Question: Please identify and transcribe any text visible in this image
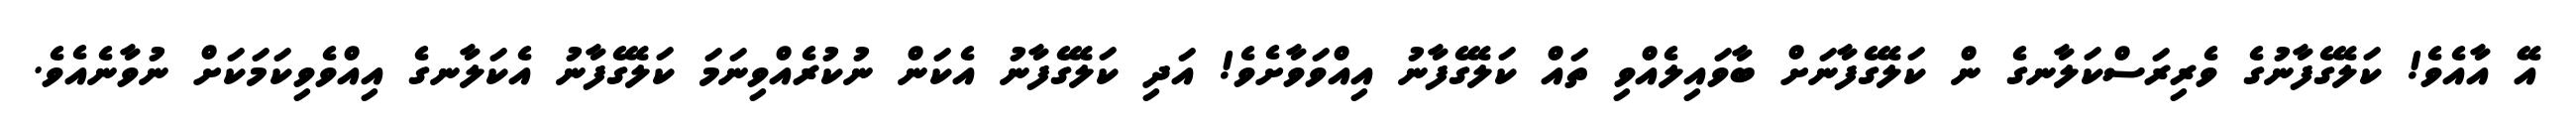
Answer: އޭ އާއެވެ! ކަލޭގެފާނުގެ ވެރިރަސްކަލާނގެ ން ކަލޭގެފާނަށް ބާވައިލެއްވި ތައް ކަލޭގެފާނު އިއްވަވާށެވެ! އަދި ކަލޭގެފާނު އެކަން ނުކުރެއްވިނަމަ ކަލޭގެފާނު އެކަލާނގެ އިއްވެވިކަމަކަށް ނުވާނެއެވެ.